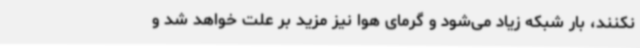
نکنند، بار شبکه زیاد می‌شود و گرمای هوا نیز مزید بر علت خواهد شد و